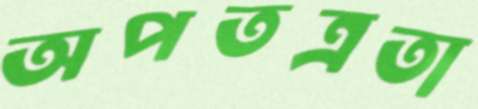
অপতত্রতা